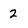
Character: 2